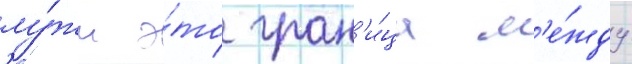
лу́жи э́то гран'и́ца м'е́жду